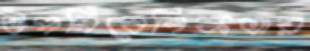
ঔপনিবেশিকতায়